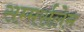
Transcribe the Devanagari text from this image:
सम्मर्सलेम